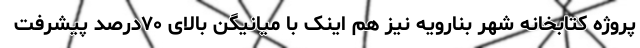
پروژه کتابخانه شهر بنارویه نیز هم اینک با میانیگن بالای ۷۰درصد پیشرفت